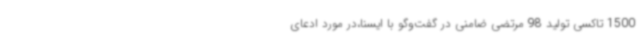
1500 تاکسی تولید 98 مرتضی ضامنی در گفت‌وگو با ایسنا،در مورد ادعای